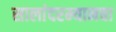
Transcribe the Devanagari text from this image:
सालांदरम्यानचा